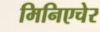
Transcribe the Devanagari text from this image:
मिनिएचेर